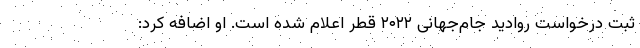
ثبت درخواست روادید جام‌جهانی ۲۰۲۲ قطر اعلام شده است. او اضافه کرد: